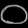
Digit: ၀